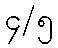
၄/၅